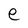
Character: e